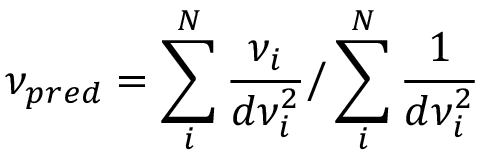
\nu _ { p r e d } = \sum _ { i } ^ { N } { \frac { \nu _ { i } } { d \nu _ { i } ^ { 2 } } } \bigg / \sum _ { i } ^ { N } { \frac { 1 } { d \nu _ { i } ^ { 2 } } }